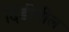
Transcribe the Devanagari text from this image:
दिंडीतील